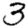
Digit: 3